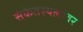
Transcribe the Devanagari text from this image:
संकेतस्थलांवर